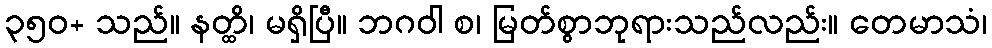
၃၅၀+ သည်။ နတ္ထိ၊ မရှိပြီ။ ဘဂဝါ စ၊ မြတ်စွာဘုရားသည်လည်း။ တေမာသံ၊